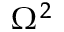
\Omega ^ { 2 }